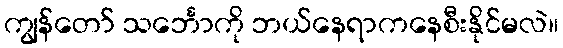
ကျွန်တော် သင်္ဘောကို ဘယ်နေရာကနေစီးနိုင်မလဲ။